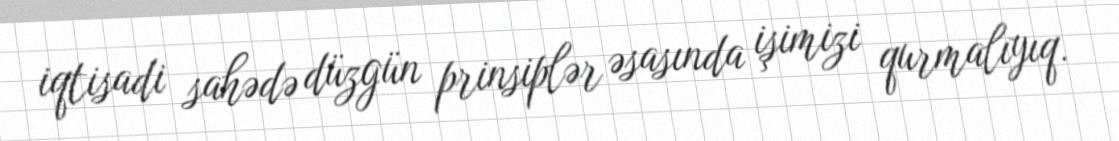
iqtisadi sahədə düzgün prinsiplər əsasında işimizi qurmalıyıq.